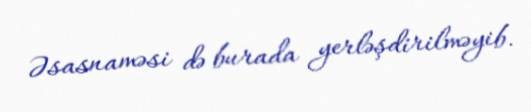
Əsasnaməsi də burada yerləşdirilməyib.